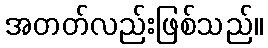
အတတ်လည်းဖြစ်သည်။